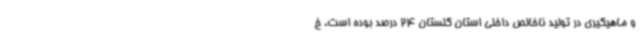
و ماهیگیری در تولید ناخالص داخلی استان گلستان 24 درصد بوده است، خ